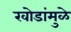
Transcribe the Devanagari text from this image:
खोडांमुळे